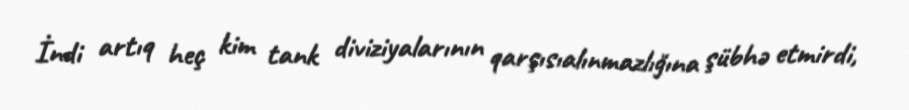
İndi artıq heç kim tank diviziyalarının qarşısıalınmazlığına şübhə etmirdi,